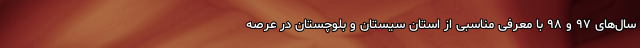
سال‌های ۹۷ و ۹۸ با معرفی مناسبی از استان سیستان و بلوچستان در عرصه